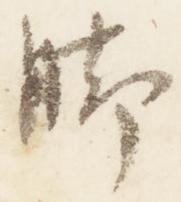
脚